Civil Veterinary Department ledger series I-VI
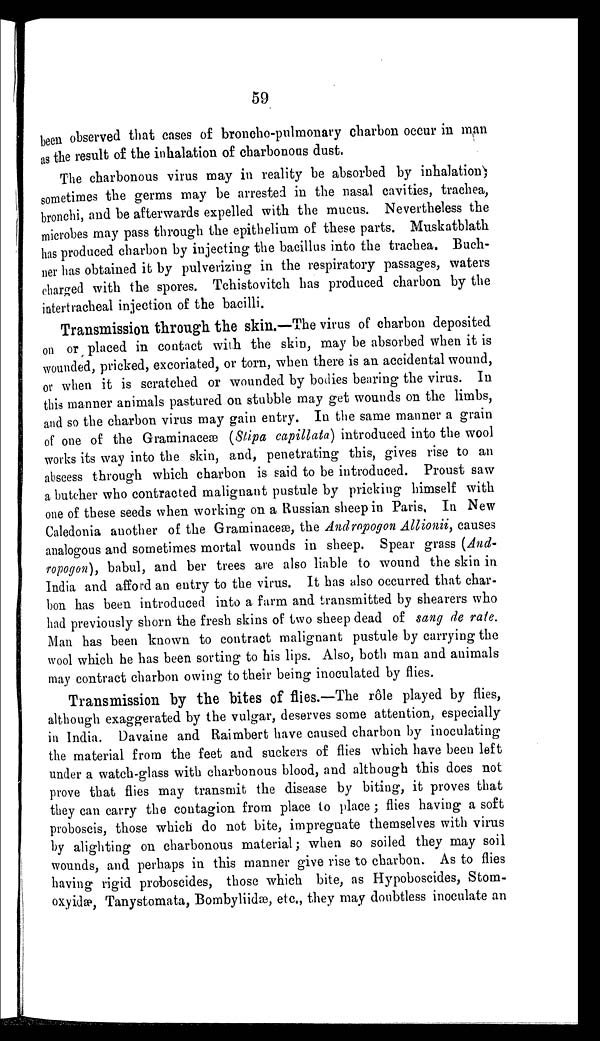
59
been observed that cases of broncho-pulmonary charbon occur in man
as the result of the inhalation of charbonous dust.
The charbonous virus may in reality be absorbed by inhalation
sometimes the germs may be arrested in the nasal cavities, trachea,
bronchi, and be afterwards expelled with the mucus. Nevertheless the
microbes may pass through the epithelium of these parts. Muskatblath
has produced charbon by injecting the bacillus into the trachea. Buch-
ner has obtained it by pulverizing in the respiratory passages, waters
charged with the spores. Tchistovitch has produced charbon by the
intertracheal injection of the bacilli.
Transmission through the skin.—The virus of charbon deposited
on or placed in contact with the skin, may be absorbed when it is
wounded, pricked, excoriated, or torn, when there is an accidental wound,
or when it is scratched or wounded by bodies bearing the virus. In
this manner animals pastured on stubble may get wounds on the limbs,
and so the charbon virus may gain entry. In the same manner a grain
of one of the Graminaceæ (Stipa capillata) introduced into the wool
works its way into the skin, and, penetrating this, gives rise to an
abscess through which charbon is said to be introduced. Proust saw
a butcher who contracted malignant pustule by pricking himself with
one of these seeds when working on a Russian sheep in Paris, In New
Caledonia another of the Graminaceæ, the Andropogon Allionii, causes
analogous and sometimes mortal wounds in sheep. Spear grass (And-
ropogon), babul, and ber trees are also liable to wound the skin in
India and afford an entry to the virus. It has also occurred that char-
bon has been introduced into a farm and transmitted by shearers who
had previously shorn the fresh skins of two sheep dead of sang de rate.
Man has been known to contract malignant pustule by carrying the
wool which he has been sorting to his lips. Also, both man and animals
may contract charbon owing to their being inoculated by flies.
Transmission by the bites of flies.—The rôle played by flies,
although exaggerated by the vulgar, deserves some attention, especially
in India. Davaine and Raimbert have caused charbon by inoculating
the material from the feet and suckers of flies which have been left
under a watch-glass with charbonous blood, and although this does not
prove that flies may transmit the disease by biting, it proves that
they can carry the contagion from place to place; flies having a soft
proboscis, those which do not bite, impregnate themselves with virus
by alighting on charbonous material; when so soiled they may soil
wounds, and perhaps in this manner give rise to charbon. As to flies
having rigid proboscides, those which bite, as Hypoboscides, Stom-
oxyidæ, Tanystomata, Bombyliidæ, etc., they may doubtless inoculate an